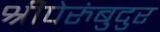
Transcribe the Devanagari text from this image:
श्रीपेरुंबुदुर